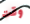
وقت